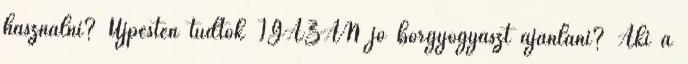
használni? Újpesten tudtok IGAZÁN jó bőrgyógyászt ajánlani? Aki a